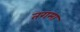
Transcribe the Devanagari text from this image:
तगमा